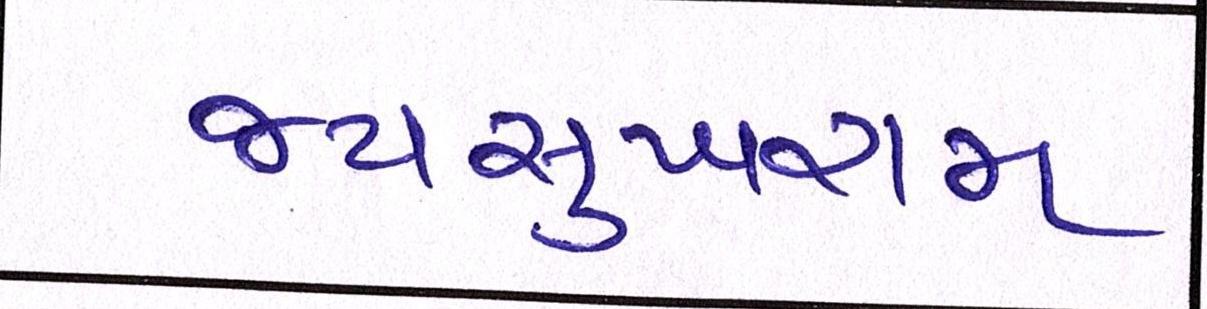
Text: જયસુખરામ